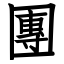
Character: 團